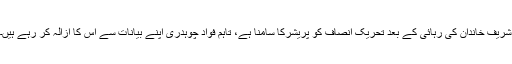
شریف خاندان کی رہائی کے بعد تحریک انصاف کو پریشرکا سامنا ہے، تاہم فواد چوہدری اپنے بیانات سے اس کا ازالہ کر رہے ہیں۔